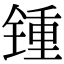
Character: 锺